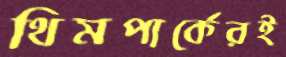
থিমপার্কেরই